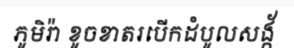
ភូមិរ៉ា ខូចខាតរបើកដំបូលសង្ក័